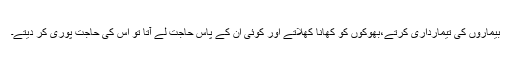
بیماروں کی تیمارداری کرتے،بھوکوں کو کھانا کھلاتے اور کوئی ان کے پاس حاجت لے آتا تو اس کی حاجت پوری کر دیتے۔